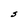
Character: S